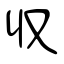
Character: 収